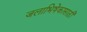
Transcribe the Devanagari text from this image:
जलाभिषेकासाठी